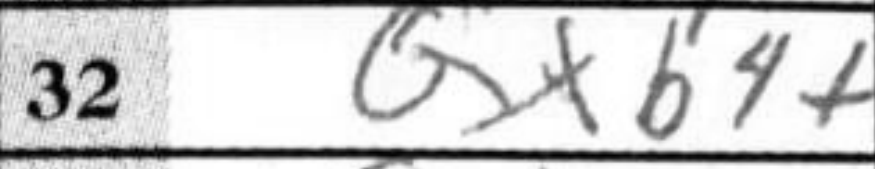
Transcription: Qxb4+